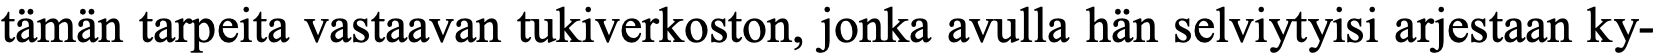
tämän tarpeita vastaavan tukiverkoston, jonka avulla hän selviytyisi arjestaan ky-